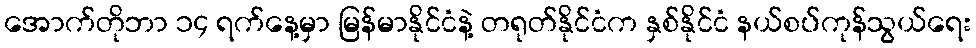
အောက်တိုဘာ ၁၄ ရက်နေ့မှာ မြန်မာနိုင်ငံနဲ့ တရုတ်နိုင်ငံက နှစ်နိုင်ငံ နယ်စပ်ကုန်သွယ်ရေး